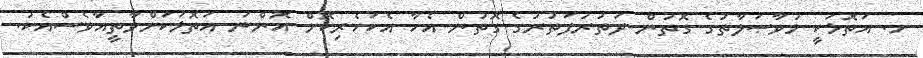
ށ. އަތޮޅަކީ މުވާޞަލާތުގެ ގޮތުން ދަތުރުފަތުރުގެ ގޮތުން އެހާ އެކަހެރިކޮށް އޮންނަ އަތޮޅަކަށްވާތީއާވެސްއެކު.